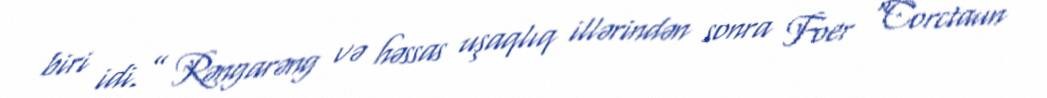
biri idi.” Rəngarəng və həssas uşaqlıq illərindən sonra Foer "Corctaun